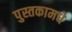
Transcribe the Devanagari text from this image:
पुस्तकामधे